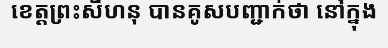
ខេត្តព្រះសីហនុ បានគូសបញ្ជាក់ថា នៅក្នុង